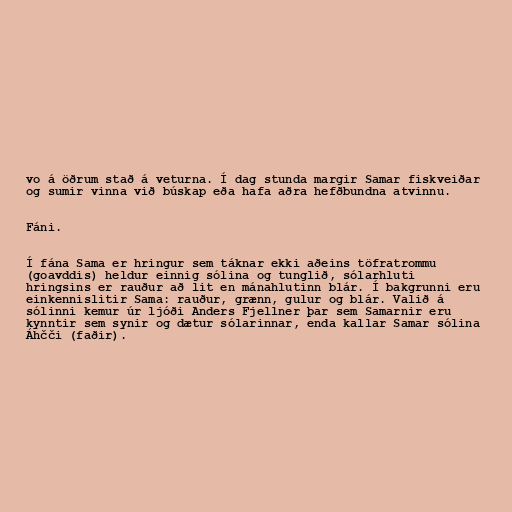
vo á öðrum stað á veturna. Í dag stunda margir Samar fiskveiðar
og sumir vinna við búskap eða hafa aðra hefðbundna atvinnu.

Fáni.

Í fána Sama er hringur sem táknar ekki aðeins töfratrommu
(goavddis) heldur einnig sólina og tunglið, sólarhluti
hringsins er rauður að lit en mánahlutinn blár. Í bakgrunni eru
einkennislitir Sama: rauður, grænn, gulur og blár. Valið á
sólinni kemur úr ljóði Anders Fjellner þar sem Samarnir eru
kynntir sem synir og dætur sólarinnar, enda kallar Samar sólina
Áhčči (faðir).